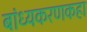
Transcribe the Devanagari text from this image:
बांध्यकरणकहा